Bréfritari: Sigurður Jónsson
Viðtakandi: Jón Borgfirðings Jónsson
Dagsetning: A-1859-07-05
Skrifað á: Möðrudal  N-Múl.

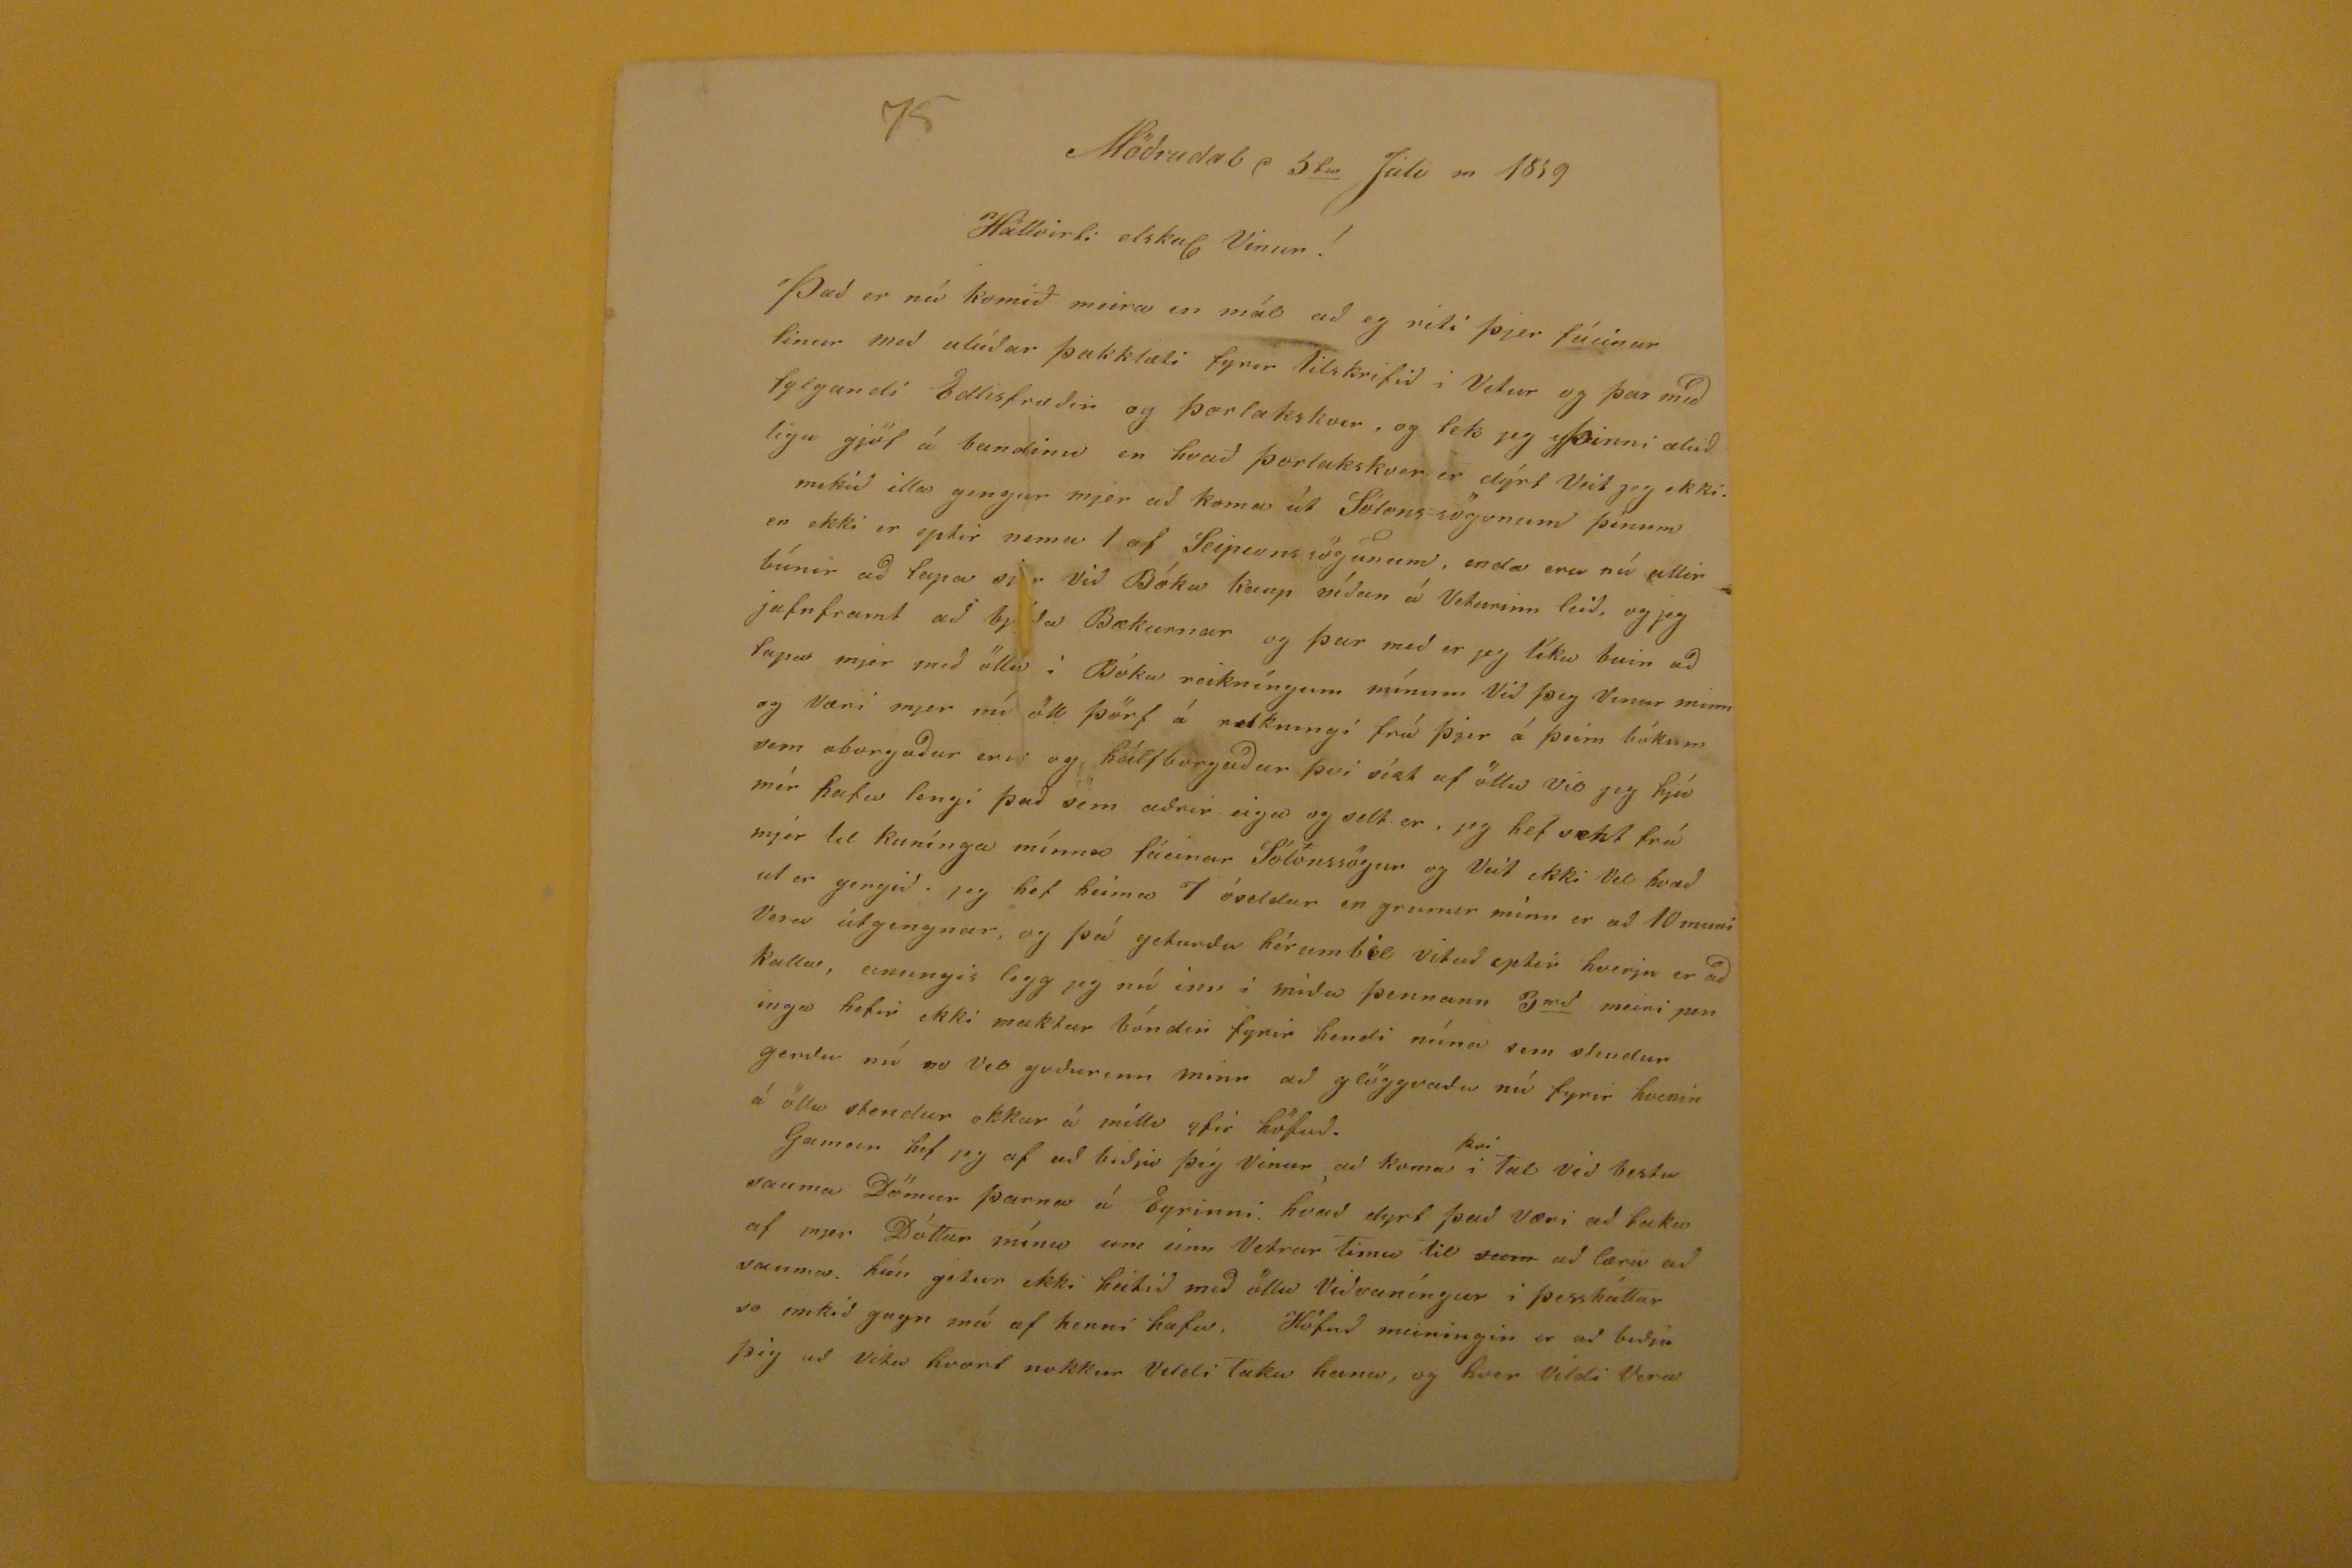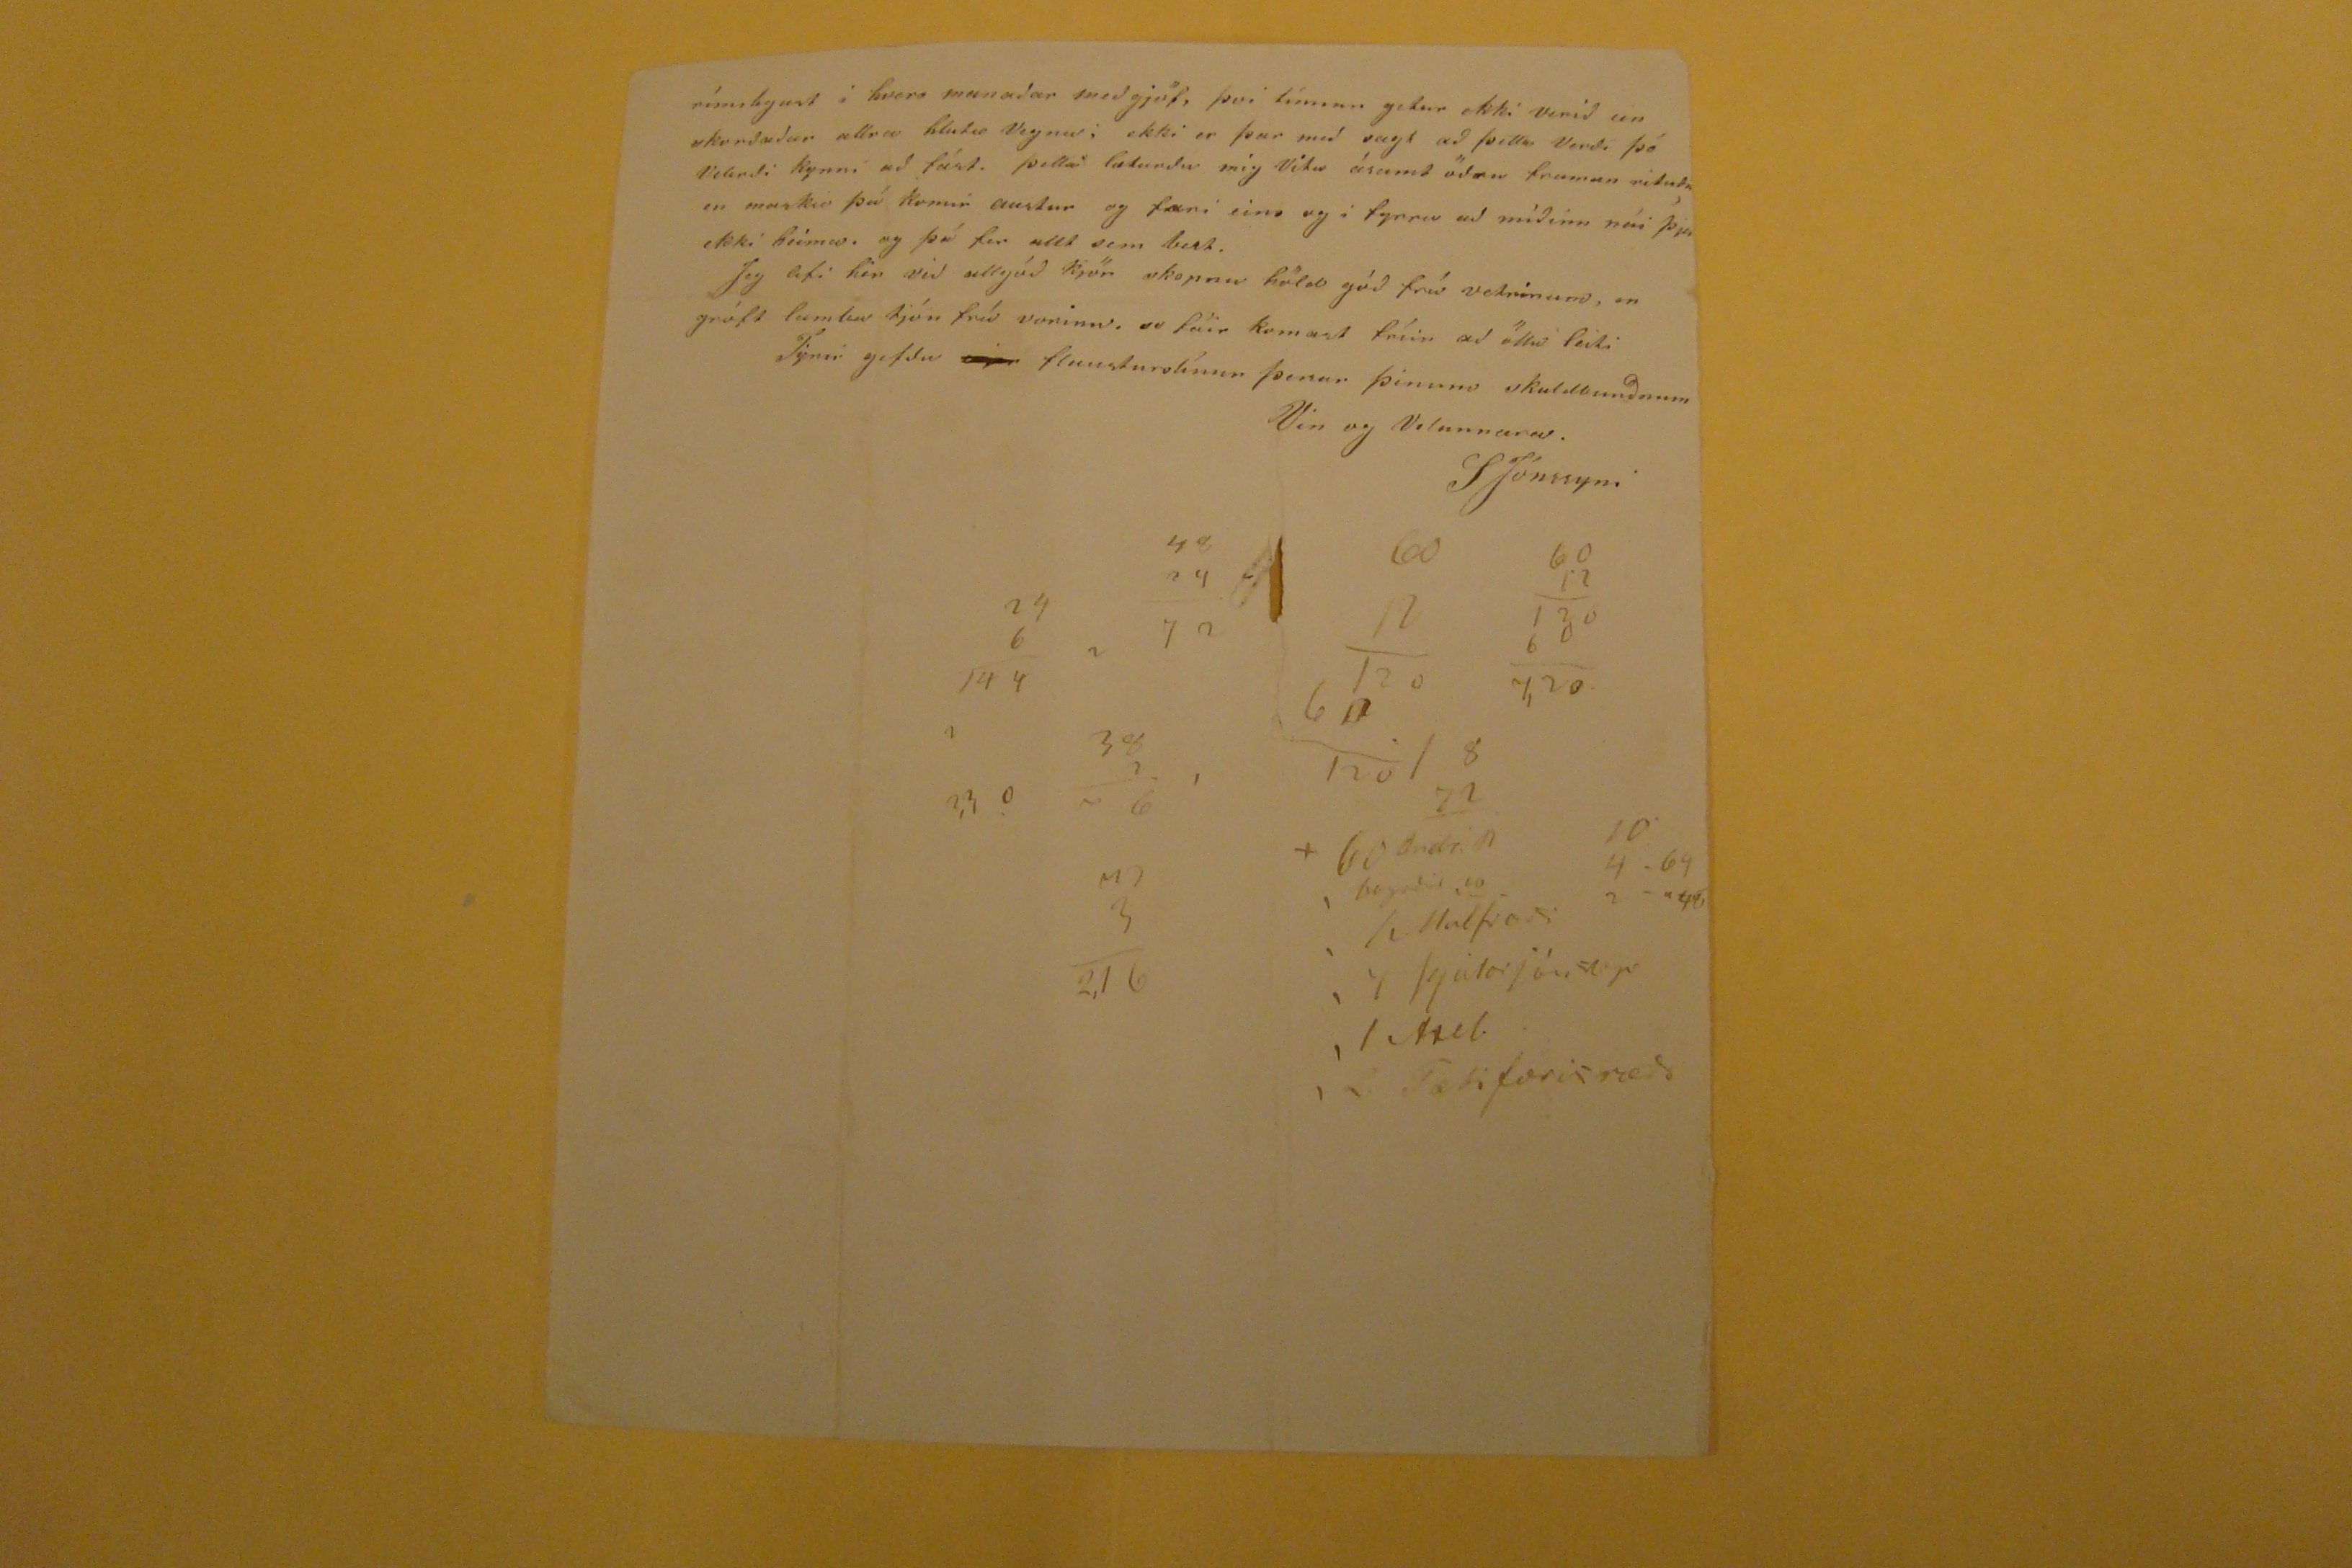

Möðrudal d 5
ta
Júli m 1859
Háttvirti elskul Vinur!
ÞAð er nú komið meira en mál að eg riti þjer fáeinar linur með alúðar þakklæti fyrir tilskrifið i Vetur og þar með fylgandi Edlisfræðin og þorlakskver, og tek jeg Þinni alúðligu gjöf á bandinu en hvað þorlakskver er dýrt Veit jeg ekki. mikið illa gengur mjer að koma út Sólons-sögonum þinum en ekki er eptir nema 1 af
Seipennssögunum
, enda eru nú allir búnir að
lapa sjer
Við Bóka kaup
síðan
á Veturinn leið, og jeg jafnfram tað bljóða Bækurnar og þar með er jeg líka buin að lapa mjer með öllu í Bóka reikníngum mínum Við þig Vinur minn og Væri mjer nú öll þörf á reikningi frá þjer á þeim bókum sem oborgaður eru og hálfborgaðar þvi síst af öllu vio jeg hjá mjer hafa lengi það sem aðrir eiga og selt er, jeg hef sent frá mjer til kunínga mínna fáeinar Sólónssögur og Veit ekki vel hvað ut er gengið. jeg hef heima 7 óseldar en grunur minn era ð 10 muni Vera útgengnar, og þá geturðu hérumbil vitað eptir hverju er að kalla, einungis legg jeg nú inn i miða þennan 3
rd
meiri peninga hefir ekki makkur bóndin fyrir hendi núna sem stendur gerðu nú so vel goðurinn minn að glögg aðu nú fyrir hvenin á öllu stendur okkur á milli yfir höfuð. Gaman hef jeg af að biðja þig Vinur að koma
því
i tal við bestu sauma Dömur þarna á Eyrinni. hvað dyrt það væri að taka af mjer Dóttur mína um einn Vetrar tima til
sum
að læra að suma. hún getur ekki heitið með öllu Viðvaníngur í þessháttar so mikið gagn má af henni hafa. Höfuð meiningin er að biðja þig að vita hvort nokkur Vildi taka hana, og hver vildi Vera
rínulegast
í hvers munaðar meðgjöf, þvi
tinnan
getur ekki verið ein skorðaður allra hluta Vegna; ekki er þar með sagt að þetta verði þó
Vekrdi
kynni að fást. þetta læturðu mig vita ásamt öðru framan rituðu en maksie þá komir austur og færi eins og i fyrra að miðinn nái þjer ekki heima. go þá fer allt sem best. Jeg lifi hér við allgóð kjör skopnu höld góð frá vetrinum, en gróft lamba tjón frá vorinu, so fáir komast fríir að öllu leiti
Fyrirgefðu
mjer
flausturslínur þessar þinum skuldbunðnum
Vin og Velunnara.
S Jónssyni